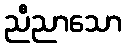
ညီညာသော